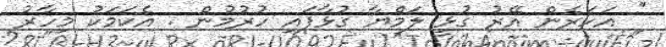
'' އަހަރެން އޭރު ގުޅީ ލަމްޔާ ގުޅާފައި ހުރުމުން . އެކަމަކު މިހާރު